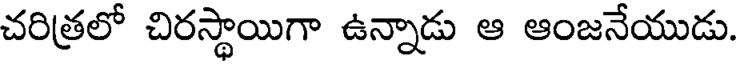
చరిత్రలో చిరస్థాయిగా ఉన్నాడు ఆ ఆంజనేయుడు.